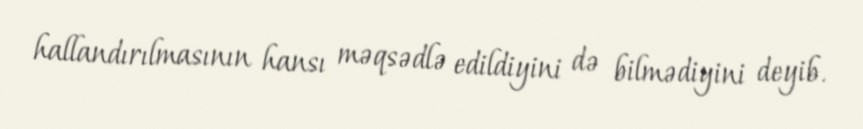
hallandırılmasının hansı məqsədlə edildiyini də bilmədiyini deyib.